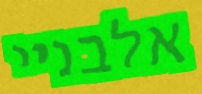
אלבניי